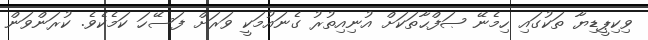
ވިކިޕީޑިޔާ ތަކުގައި ހިމެނޭ ޞަފްޙާތަކަށް އުނިއިތުރު ގެނައުމަކީ ވަރަށް ފަސޭހަ ކަމެކެވެ. ކުރަންވަން